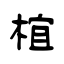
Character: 椬